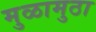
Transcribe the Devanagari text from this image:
मुळामुठा